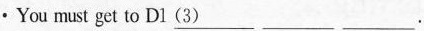
·You must get to Dl\underline{（3）}___